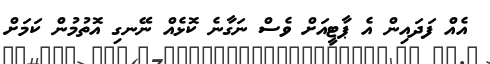
އެއް ފަދައިން އެ ޕާޓީއަށް ވެސް ނަގާނެ ކޮޅެއް ނޭނގި އޮތުމުން ކަމަަށް